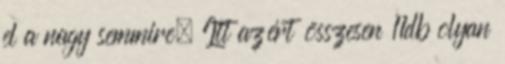
el a nagy semmire. Itt azért összesen 11db olyan